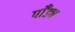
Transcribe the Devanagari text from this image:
पाँड्य